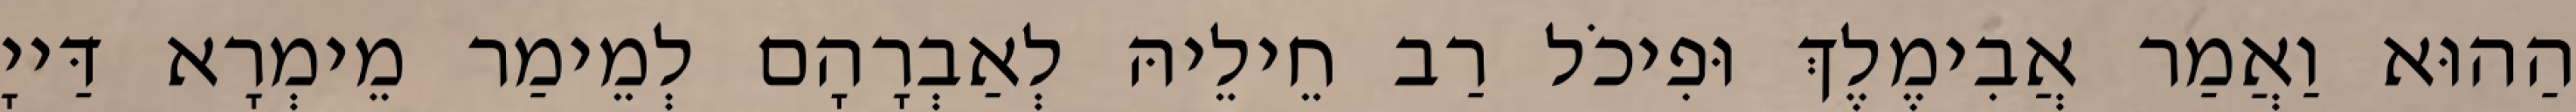
הַהוּא וַאֲמַר אֲבִימֶלֶךְ וּפִיכֹל רַב חֵילֵיהּ לְאַבְרָהָם לְמֵימַר מֵימְרָא דַּייָ